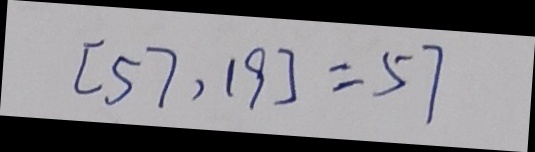
[ 5 7 , 1 9 ] = 5 7